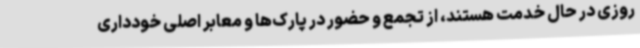
روزی در حال خدمت هستند، از تجمع و حضور در پارک‌ها و معابر اصلی خودداری